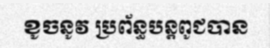
ខូចនូវ ប្រព័ន្ធបន្តពូជបាន